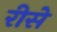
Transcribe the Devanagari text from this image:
रीसे